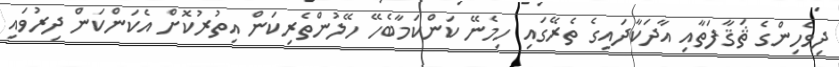
ދިވެހިންގެ ޘަޤާފަތާއި އާދަކާދައިގެ ތެރޭގައި ހިމެނޭ ކަންކަމާބެހޭ ހޭލުންތެރިކަން އިތުރުކޮށް އެކަންކަން ދިރުވައި